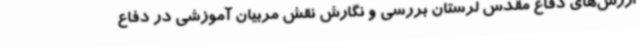
ارزش‌های دفاع مقدس لرستان بررسی و نگارش نقش مربیان آموزشی در دفاع